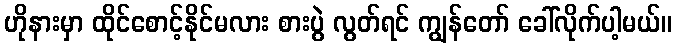
ဟိုနားမှာ ထိုင်စောင့်နိုင်မလား စားပွဲ လွတ်ရင် ကျွန်တော် ခေါ်လိုက်ပါ့မယ်။